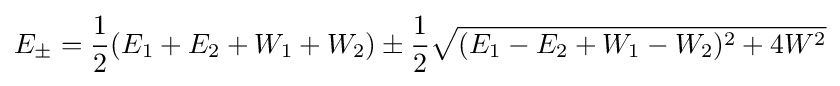
E_{\pm }={\frac {1}{2}}(E_{1}+E_{2}+W_{1}+W_{2})\pm {\frac {1}{2}}{\sqrt {(E_{1}-E_{2}+W_{1}-W_{2})^{2}+4W^{2}}}